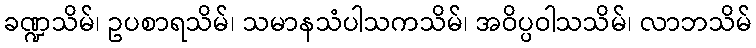
ခဏ္ဍသိမ်၊ ဥပစာရသိမ်၊ သမာနသံပါသကသိမ်၊ အဝိပ္ပဝါသသိမ်၊ လာဘသိမ်